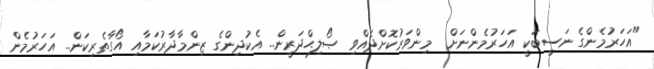
"އަހަރުމެންގެ ނަސީބަކީ އަހަރުމެންނަށް  މިންވަރުކޮށްދެއްވި ޞޯލިޙްދަރީން.. އެކުދިންގެ ޒިންމާދާރުކަމާއި އޯގާތެރިކަން.. އަހަރުމެން